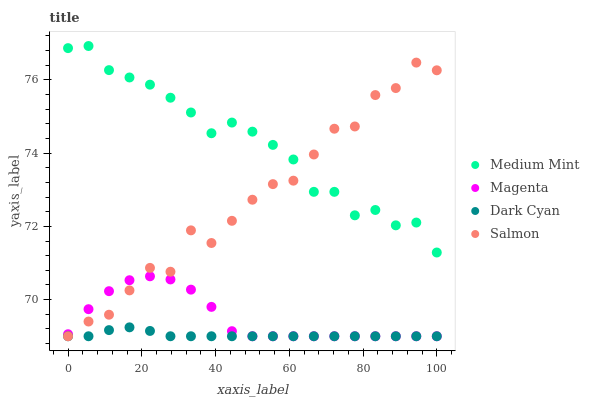
| xaxis_label | Medium Mint | Magenta | Dark Cyan | Salmon |
 | --- | --- | --- | --- | --- |
 | 0 | 76.9 | 69.1 | 69 | 69 |
 | 5.56 | 76.9 | 69.7 | 69 | 69.4 |
 | 11.1 | 76.3 | 70.2 | 69.2 | 69.6 |
 | 16.7 | 76.1 | 70.5 | 69.2 | 70.3 |
 | 22.2 | 75.9 | 70.6 | 69.1 | 70.9 |
 | 27.8 | 75.5 | 70.6 | 69 | 70.8 |
 | 33.3 | 75.1 | 70.3 | 69 | 71.9 |
 | 38.9 | 74.5 | 69.8 | 69 | 71.5 |
 | 44.4 | 74.8 | 69.1 | 69 | 72.2 |
 | 50 | 74.6 | 69 | 69 | 72.7 |
 | 55.6 | 74.2 | 69 | 69 | 73.2 |
 | 61.1 | 73.8 | 69 | 69 | 73.2 |
 | 66.7 | 72.9 | 69 | 69 | 74 |
 | 72.2 | 72.9 | 69 | 69 | 74.7 |
 | 77.8 | 72.3 | 69 | 69 | 74.7 |
 | 83.3 | 72.4 | 69 | 69 | 75.6 |
 | 88.9 | 72 | 69 | 69 | 75.8 |
 | 94.4 | 72.1 | 69 | 69 | 76.5 |
 | 100 | 71.3 | 69 | 69 | 76.3 |